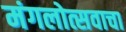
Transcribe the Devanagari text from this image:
मंगलोत्सवाचा